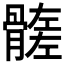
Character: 𩪄